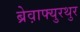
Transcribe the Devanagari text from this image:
ब्रेव़ाफ्युरथुर